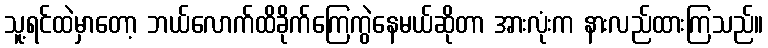
သူ့ရင်ထဲမှာတော့ ဘယ်လောက်ထိခိုက်ကြေကွဲနေမယ်ဆိုတာ အားလုံးက နားလည်ထားကြသည်။